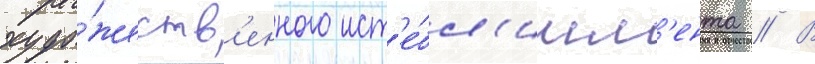
худо́жеств'енного ист'е́бл'ишм'ента // В